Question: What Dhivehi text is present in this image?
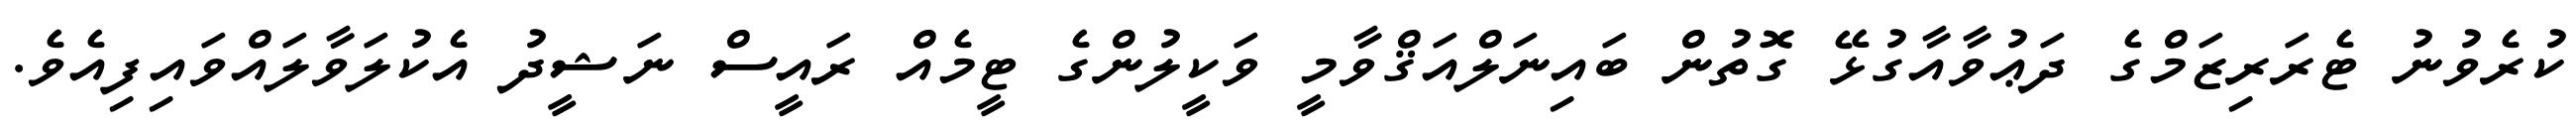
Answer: ކުރެވުނު ޓެރަރިޒަމްގެ ދަޢުވާއާގުޅޭ ގޮތުން ބައިނަލްއަޤްވާމީ ވަކީލުންގެ ޓީމެއް ރައީސް ނަޝީދު އެކުލަވާލައްވައިފިއެވެ.